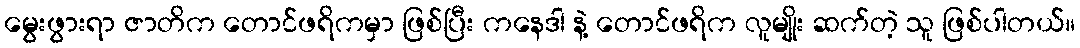
မွေးဖွားရာ ဇာတိက တောင်ဖရိကမှာ ဖြစ်ပြီး ကနေဒါ နဲ့ တောင်ဖရိက လူမျိုး ဆက်တဲ့ သူ ဖြစ်ပါတယ်။